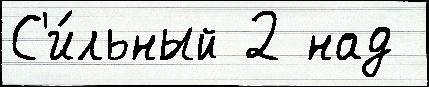
С'и́льный 2 над